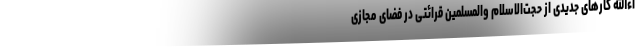
اءالله کارهای جدیدی از حجت‌الاسلام والمسلمین قرائتی در فضای مجازی